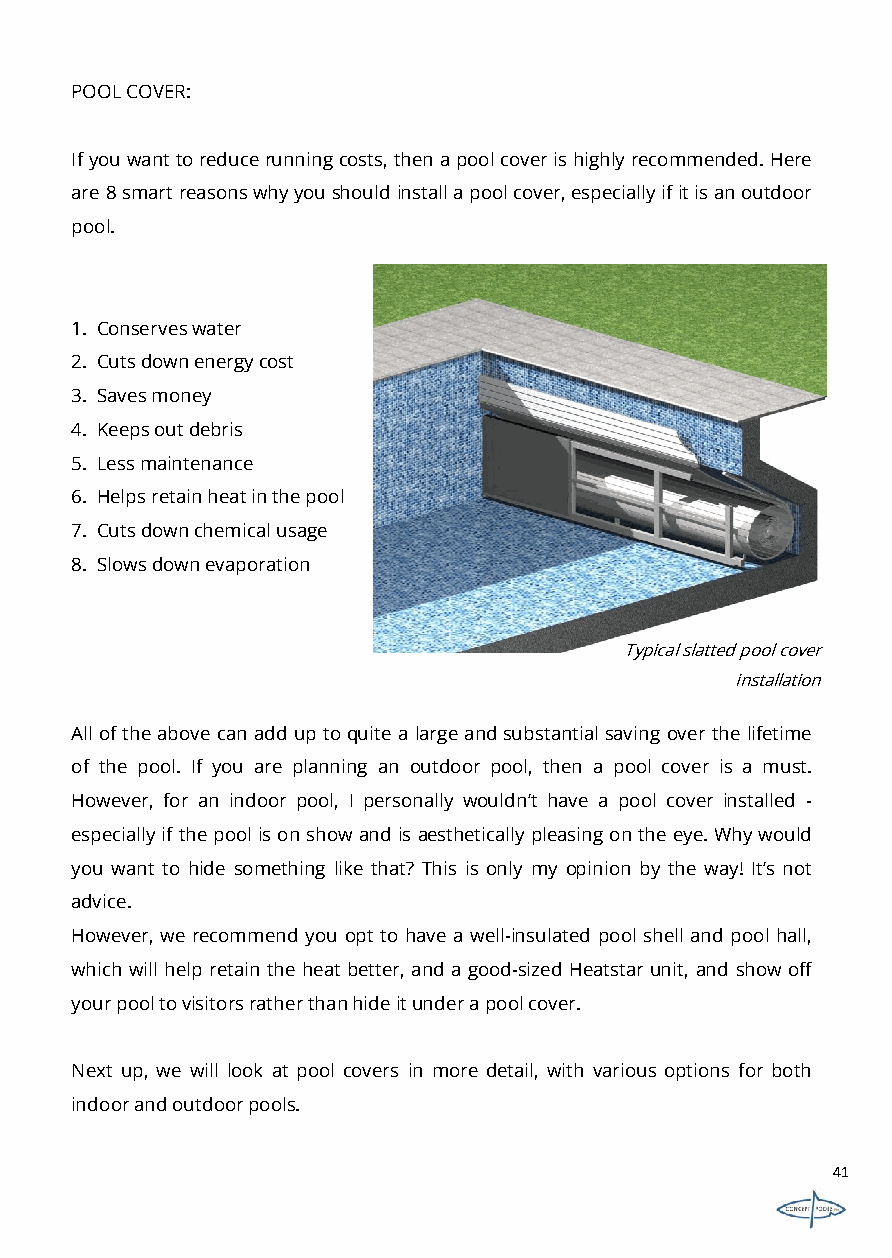
POOLCOVER:
 Ifyouwanttoreducerunningcosts,thenapoolcoverishighlyrecommended.Here
 are8smartreasonswhyyoushouldinstallapoolcover,especiallyifitisanoutdoor
 pool.
 1. Conserveswater
 2. Cutsdownenergycost
 3. Savesmoney
 4. Keepsoutdebris
 5. Lessmaintenance
 6. Helpsretainheatinthepool
 7. Cutsdownchemicalusage
 8. Slowsdownevaporation
 Typical slatted pool cover
 installation
 Alloftheabovecan add uptoquitea largeandsubstantialsaving overthelifetime
 of the pool. If you are planning an outdoor pool, then a pool cover is a must.
 However, for an indoor pool, I personally wouldn’t have a pool cover installed -
 especially ifthepoolisonshowandisaesthetically pleasingontheeye. Whywould
 you want to hide something like that? This is only my opinion by the way! It’s not
 advice.
 However, we recommend you opt to have a well-insulated pool shell and pool hall,
 which will help retain theheat better, and agood-sized Heatstar unit, and show off
 yourpooltovisitorsratherthanhideitunderapoolcover.
 Next up, we will look at pool covers in more detail, with various options for both
 indoorandoutdoorpools.
 41